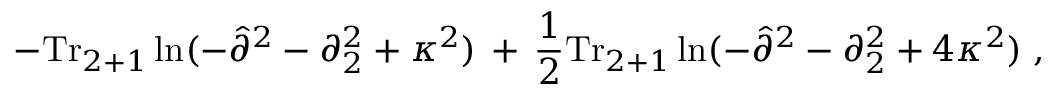
- \mathrm { T r } _ { 2 + 1 } \ln ( - { \hat { \partial } } ^ { 2 } - \partial _ { 2 } ^ { 2 } + \kappa ^ { 2 } ) \, + \, \frac { 1 } { 2 } \mathrm { T r } _ { 2 + 1 } \ln ( - { \hat { \partial } } ^ { 2 } - \partial _ { 2 } ^ { 2 } + 4 \kappa ^ { 2 } ) \; ,